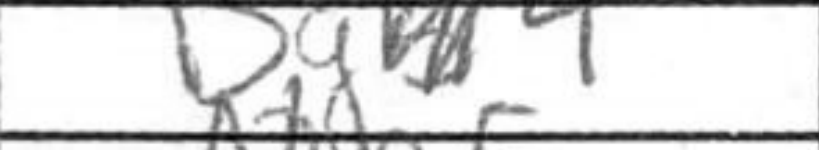
Transcription: Bg4